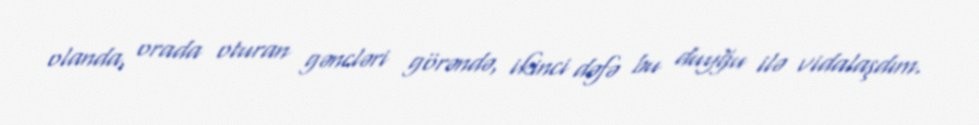
olanda, orada oturan gəncləri görəndə, ikinci dəfə bu duyğu ilə vidalaşdım.